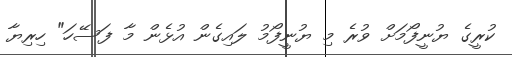
ކުރީގެ ޔުނީފޯމަށް ވުރެ މި ޔުނީފޯމު ލައިގެން އުޅެން މާ ފަސޭހަ" ހިރިޔާ